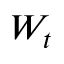
W _ { t }